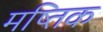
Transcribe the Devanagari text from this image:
मष्तिक